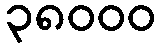
၃၈၀၀၀